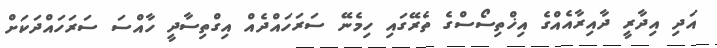
އަދި އިދާރީ ދާއިރާއެއްގެ އިޚްތިސޯސްގެ ތެރޭގައި ހިމެނޭ ސަރަހައްދެއް އިގްތިސާދީ ހާއްސަ ސަރަހައްދަކަށް